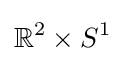
\mathbb {R} ^{2}\times S^{1}